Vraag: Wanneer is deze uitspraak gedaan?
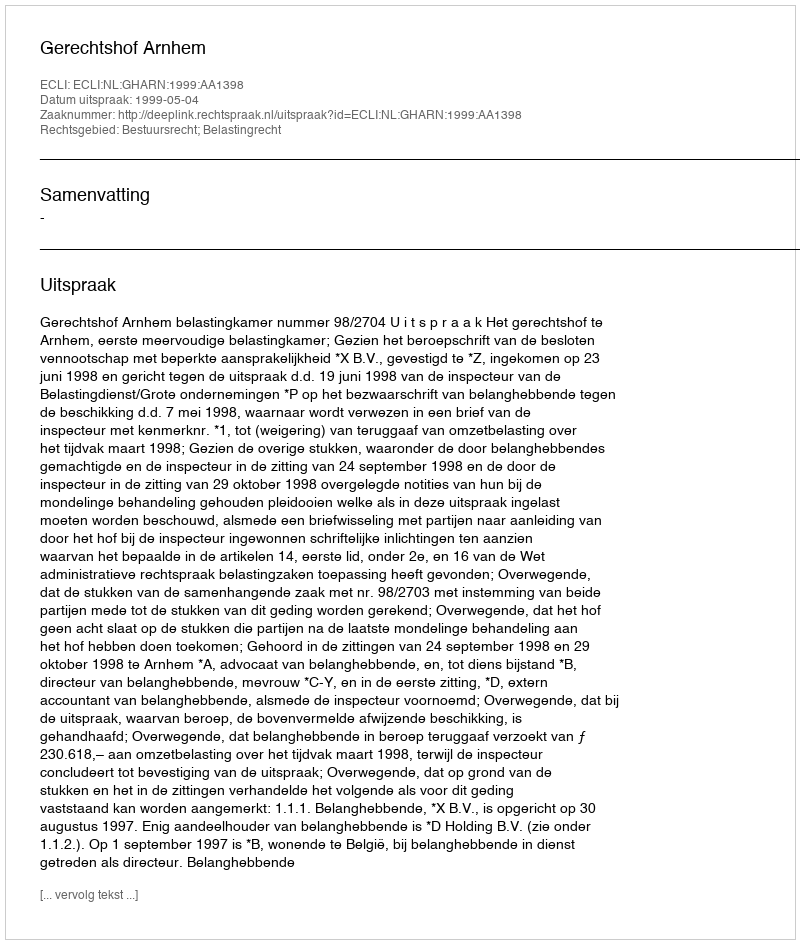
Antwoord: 1999-05-04